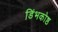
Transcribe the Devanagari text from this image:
डिंभकोष्ठ